Problem: 30 + 19 = ?
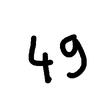
Handwritten answer: 49